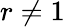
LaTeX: r\ne 1